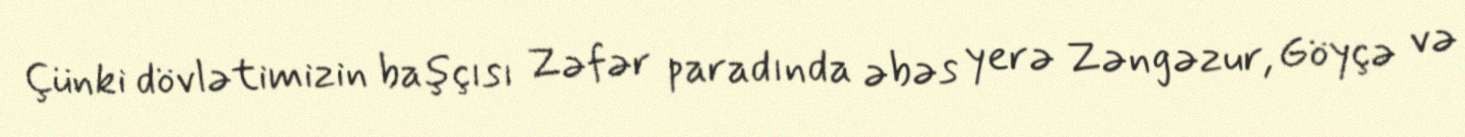
Çünki dövlətimizin başçısı Zəfər paradında əbəs yerə Zəngəzur, Göyçə və